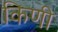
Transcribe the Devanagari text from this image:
किणी